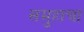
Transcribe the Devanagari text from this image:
समुहाचा